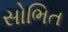
સોભિત